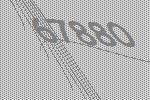
67880